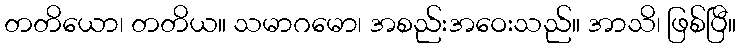
တတိယော၊ တတိယ။ သမာဂမော၊ အစည်းအဝေးသည်။ အာသိ၊ ဖြစ်ပြီ။